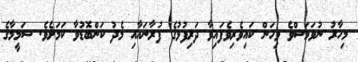
މިހާރު ނުވަމަސްވެ ވިހަން ކައިވެރިވެފައިވާ ދަރިފުޅުގެ ފުރާނައާއި މެދު ކަންބޮޑުވާ ކަމަށެވެ. ޝަމީމާގެ